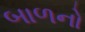
બાળનો